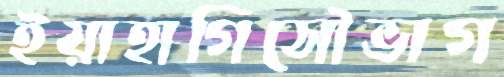
ইয়াহাগিসৌভাগ